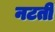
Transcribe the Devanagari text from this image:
नटती